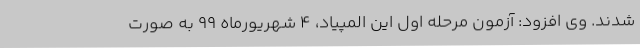
شدند. وی افزود: آزمون مرحله اول این المپیاد، 4 شهریورماه 99 به صورت